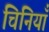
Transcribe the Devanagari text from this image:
चिनियाँ